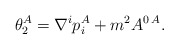
\begin{align*} \theta^A_2 =\nabla^i p_i^A +m^2A^{0\, A}.\end{align*}